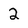
Character: 2